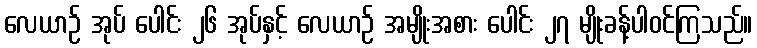
လေယာဉ် အုပ် ပေါင်း ၂၆ အုပ်နှင့် လေယာဉ် အမျိုးအစား ပေါင်း ၂၇ မျိုးခန့်ပါဝင်ကြသည်။